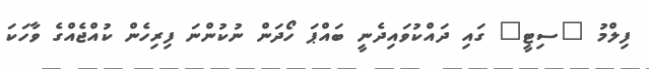
ފިލްމު "ސިޓީ" ގައި ދައްކުވައިދެނީ ބައްޕަ ހޯދަން ނުކުންނަ ފިރިހެން ކުއްޖެއްގެ ވާހަކަ